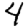
Digit: 4